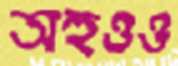
অহুওও